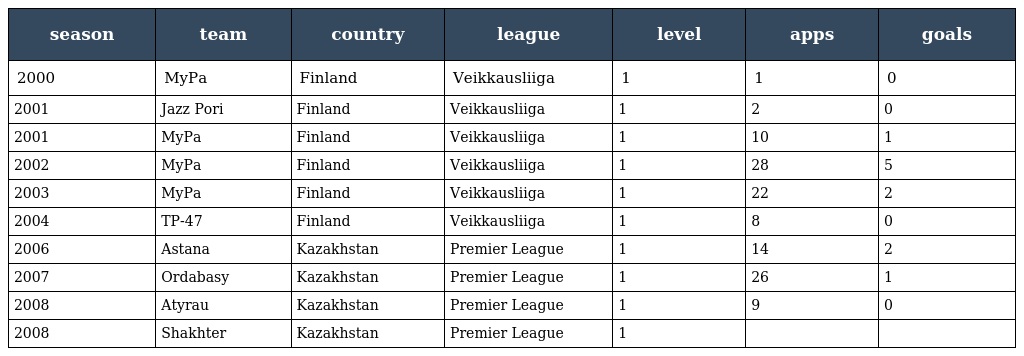
| season | team | country | league | level | apps | goals |
 | --- | --- | --- | --- | --- | --- | --- |
 | 2000 | MyPa | Finland | Veikkausliiga | 1 | 1 | 0 |
 | 2001 | Jazz Pori | Finland | Veikkausliiga | 1 | 2 | 0 |
 | 2001 | MyPa | Finland | Veikkausliiga | 1 | 10 | 1 |
 | 2002 | MyPa | Finland | Veikkausliiga | 1 | 28 | 5 |
 | 2003 | MyPa | Finland | Veikkausliiga | 1 | 22 | 2 |
 | 2004 | TP-47 | Finland | Veikkausliiga | 1 | 8 | 0 |
 | 2006 | Astana | Kazakhstan | Premier League | 1 | 14 | 2 |
 | 2007 | Ordabasy | Kazakhstan | Premier League | 1 | 26 | 1 |
 | 2008 | Atyrau | Kazakhstan | Premier League | 1 | 9 | 0 |
 | 2008 | Shakhter | Kazakhstan | Premier League | 1 |  |  |